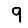
Digit: 9